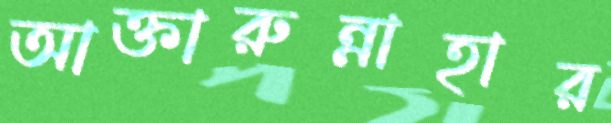
আক্তারুন্নাহার